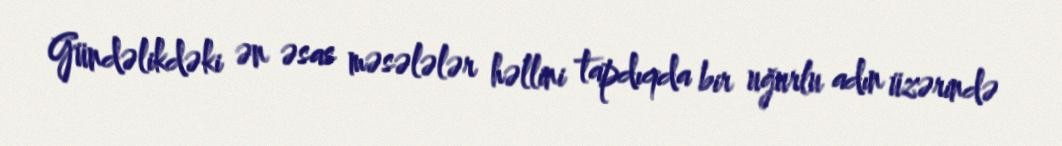
Gündəlikdəki ən əsas məsələlər həllini tapdıqda bir uğurlu adın üzərində